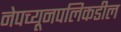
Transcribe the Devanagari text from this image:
नेपच्यूनपलिकडील